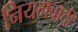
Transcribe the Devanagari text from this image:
नियमवादी